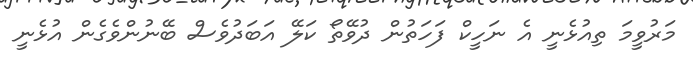
މަރުވީމަ ތިއުޅެނީ އެ ނަހީކް ފަހަތުން ދުވޭތޯ ކަލޭ އަބަދުވެސް ބޭނުންވެގެން އުޅެނީ